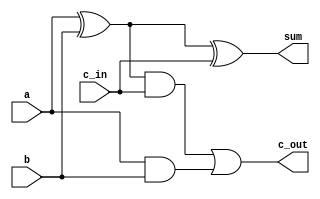
module full_adder(sum,c_out,a,b,c_in);
	output sum,c_out;
	input a,b,c_in;
	wire w1,w2,w3;
	xor G1(w1,a,b);
	xor G2(sum,w1,c_in);
	and G3(w2,w1,c_in);
	and G4(w3,a,b);
	or G5(c_out,w2,w3);
endmodule

module ripple_adder4(sum,cout,a,b,cin);
	input[3:0] a,b;
	input cin;
	output[3:0] sum;
	output cout;
	wire c1,c2,c3;
	full_adder u0(.sum(sum[0]),.c_out(c1),.a(a[0]),.b(b[0]),.c_in(cin));
	full_adder u1(.sum(sum[1]),.c_out(c2),.a(a[1]),.b(b[1]),.c_in(c1));
	full_adder u2(.sum(sum[2]),.c_out(c3),.a(a[2]),.b(b[2]),.c_in(c2));
	full_adder u3(.sum(sum[3]),.c_out(cout),.a(a[3]),.b(b[3]),.c_in(c3));
endmodule

module adder16(sum,cout,a,b,cin);
	
	input[15:0] a,b;
	input cin;
	output[15:0] sum;
	output cout;
	wire c11,c21,c31;
	
	ripple_adder4 u00(.sum(sum[3:0]),.cout(c11),.a(a[3:0]),.b(b[3:0]),.cin(cin));
	ripple_adder4 u10(.sum(sum[7:4]),.cout(c21),.a(a[7:4]),.b(b[7:4]),.cin(c11));
	ripple_adder4 u20(.sum(sum[11:8]),.cout(c31),.a(a[11:8]),.b(b[11:8]),.cin(c21));
	ripple_adder4 u30(.sum(sum[15:12]),.cout(cout),.a(a[15:12]),.b(b[15:12]),.cin(c31));
endmodule

module mux1(out,in1,in2,sel);
	input in1,in2,sel;
	//sel = 1 => in1
	output out;
	wire a1,a2;
	nand N1(a1,in1,sel);
	nand N2(a2,~sel,in2);
	nand N3(out,a1,a2);
endmodule

module ripple_subtractor4(sub,cout,a,b,cin,d);
	output[3:0] sub;
	output cout;
	input[3:0] a,b;
	input cin,d;
	wire l1,l2,l3,l0,p1,p2,p3;
	xor mx1(l0,b[0],d);
	full_adder a1(sub[0],p1,a[0],l0,cin);
	xor mx2(l1,b[1],d);
	full_adder a2(sub[1],p2,a[1],l1,p1);
	xor mx3(l2,b[2],d);
	full_adder a3(sub[2],p3,a[2],l2,p2);
	xor mx4(l3,b[3],d);
	full_adder a4(sub[3],cout,a[3],l3,p3);
endmodule

module ripple_subtractor16(sub,cout,a,b,cin);
	output[15:0] sub;
	output cout;
	input[15:0] a,b;
	input cin;
	wire c11,c21,c31,c41;
	ripple_subtractor4 s00(.sub(sub[3:0]),.cout(c11),.a(a[3:0]),.b(b[3:0]),.cin(cin),.d(cin));
	ripple_subtractor4 s10(.sub(sub[7:4]),.cout(c21),.a(a[7:4]),.b(b[7:4]),.cin(c11),.d(cin));
	ripple_subtractor4 s20(.sub(sub[11:8]),.cout(c31),.a(a[11:8]),.b(b[11:8]),.cin(c21),.d(cin));
	ripple_subtractor4 s30(.sub(sub[15:12]),.cout(c41),.a(a[15:12]),.b(b[15:12]),.cin(c31),.d(cin));
	xor X1(cout,c41,c31);
	
endmodule

module adder6(out,a,b);
	input[5:0] a,b;
	output[5:0] out;
	wire c1,c2,c3,c4,c5,c_out;
	full_adder u0(.sum(out[0]),.c_out(c1),.a(a[0]),.b(b[0]),.c_in(1'b0));
	full_adder u1(.sum(out[1]),.c_out(c2),.a(a[1]),.b(b[1]),.c_in(c1));
	full_adder u2(.sum(out[2]),.c_out(c3),.a(a[2]),.b(b[2]),.c_in(c2));
	full_adder u3(.sum(out[3]),.c_out(c4),.a(a[3]),.b(b[3]),.c_in(c3));
	full_adder u4(.sum(out[4]),.c_out(c5),.a(a[4]),.b(b[4]),.c_in(c4));
	full_adder u5(.sum(out[5]),.c_out(c_out),.a(a[5]),.b(b[5]),.c_in(c5));
endmodule

module adder8(out,a,b);
	output[7:0] out;
	input[7:0] a,b;
	wire c1,c2;
	ripple_adder4 A1(.sum(out[3:0]),.cout(c1),.a(a[3:0]),.b(b[3:0]),.cin(1'b0));
	ripple_adder4 A2(.sum(out[7:4]),.cout(c2),.a(a[7:4]),.b(b[7:4]),.cin(c1));
endmodule

module adder12(out,a,b);
	output[11:0] out;
	input[11:0] a,b;
	wire c1,c2,c3;
	ripple_adder4 A1(.sum(out[3:0]),.cout(c1),.a(a[3:0]),.b(b[3:0]),.cin(1'b0));
	ripple_adder4 A2(.sum(out[7:4]),.cout(c2),.a(a[7:4]),.b(b[7:4]),.cin(c1));
	ripple_adder4 A3(.sum(out[11:8]),.cout(c3),.a(a[11:8]),.b(b[11:8]),.cin(c2));
endmodule

module mul2(q,a,b);
	input[1:0] a,b;
	output[3:0] q;
	wire w1,w2,w3,w4;
	
	and A1(q[0],a[0],b[0]);
	and A2(w1,a[1],b[0]);
	xor X1(q[1],w1,w2);
	and A3(w2,a[0],b[1]);
	and A4(w3,w1,w2);
	xor X2(q[2],w3,w4);
	and A5(w4,a[1],b[1]);
	and A6(q[3],w3,w4);
endmodule

module mul4(q,a,b);
	output[7:0] q;
	input[3:0] a,b;
	wire[3:0] w1,w2,w3,w4,r1,r2;
	wire[5:0] r3,r4,l1,l2;
	wire s1;
	mul2 M1(w1,a[1:0],b[1:0]);
	mul2 M2(w2,a[3:2],b[1:0]);
	mul2 M3(w3,b[3:2],a[1:0]);
	mul2 M4(w4,b[3:2],a[3:2]);
	assign r1 = {2'b0,w1[3:2]};
	ripple_adder4 AD1(.sum(r2),.cout(s1),.a(w2),.b(r1),.cin(1'b0));
	assign r3 = {2'b0,w3};
	assign r4 = {w4,2'b0};
	adder6 AD2(l1,r3,r4);
	assign l2 = {2'b0,r2};
	adder6 AD3(q[7:2],l1,l2);
	assign q[1:0] = w1[1:0];
endmodule

module mul8(q,a,b);
	input[7:0] a,b;
	output[15:0] q;
	wire[7:0] a1,a2,a3,a4,r1,r2;
	wire[11:0] k1,k2,l1,l2;
	
	mul4 M1(a1,a[3:0],b[3:0]);
	mul4 M2(a2,a[7:4],b[3:0]);
	mul4 M3(a3,a[3:0],b[7:4]);
	mul4 M4(a4,a[7:4],b[7:4]);
	
	assign r1 = {4'b0,a1[7:4]};
	adder8 A1(r2,r1,a2);
	
	assign k1 = {4'b0,a3[7:0]};
	assign k2 = {a4[7:0],4'b0};
	adder12 A2(l2,k1,k2);
	assign l1 = {4'b0,r2};
	
	adder12 A3(q[15:4],l1,l2);
	assign q[3:0] = a1[3:0];
endmodule

module adder8c(out,a,b,c);
	output[7:0] out;
	input[7:0] a,b;
	input c;
	wire c1,c2;
	ripple_adder4 A1(.sum(out[3:0]),.cout(c1),.a(a[3:0]),.b(b[3:0]),.cin(c));
	ripple_adder4 A2(.sum(out[7:4]),.cout(c2),.a(a[7:4]),.b(b[7:4]),.cin(c1));
endmodule

module adder24(out,a,b);
	input[23:0] a,b;
	output[23:0] out;
	wire c1,c2;
	
	adder16 A1(.sum(out[15:0]),.cout(c1),.a(a[15:0]),.b(b[15:0]),.cin(1'b0));
	adder8c A2(out[23:16],a[23:16],b[23:16],c1);
endmodule

module mul16(mul,ovf,a,b);
	input[15:0] a,b;
	output[15:0] mul;
	wire[31:0] q;
	output ovf;
	wire[15:0] w1,w2,w3,w4,r1,r2;
	wire[23:0] r3,r4,l1,l2;
	wire c1;
	
	mul8 M1(w1,a[7:0],b[7:0]);
	mul8 M2(w2,a[15:8],b[7:0]);
	mul8 M3(w3,a[7:0],b[15:8]);
	mul8 M4(w4,a[15:8],b[15:8]);
	
	assign r1 = {8'b0,w1[15:8]};
	adder16 A1(.sum(r2),.cout(c1),.a(r1),.b(w2),.cin(1'b0));
	
	assign r3 = {8'b0,w3};
	assign r4 = {w4,8'b0};
	adder24 A2(l2,r3,r4);
	assign l1 = {8'b0,r2};
	adder24 A3(q[31:8],l1,l2);
	assign q[7:0] = w1[7:0];
	
	assign mul = q[15:0];
	//q[31:16] must be ored
	wire a1,a2,a3,a4,a5,a6,a7,a8,a9,a10,a11,a12,a13,a14;
	or O1(a1,q[16],q[17]);
	or O2(a2,q[18],q[19]);
	or O3(a3,q[20],q[21]);
	or O4(a4,q[22],q[23]);
	or O5(a5,q[24],q[25]);
	or O6(a6,q[26],q[27]);
	or O7(a7,q[28],q[29]);
	or O8(a8,q[30],q[31]);
	
	or O9(a9,a1,a2);
	or O10(a10,a3,a4);
	or O11(a11,a5,a6);
	or O12(a12,a7,a8);
	
	or O13(a13,a9,a10);
	or O14(a14,a11,a12);
	
	or O15(ovf,a13,a14);
	
endmodule

module division(A,B,Res);

    //the size of input and output ports of the division module is generic.
    parameter WIDTH = 16;
    //input and output ports.
    input [WIDTH-1:0] A;
    input [WIDTH-1:0] B;
    output [WIDTH-1:0] Res;
    //internal variables    
    reg [WIDTH-1:0] Res = 0;
    reg [WIDTH-1:0] a1,b1;
    reg [WIDTH-1:0] p1;   
    integer i;

    always@ (A or B)
    begin
        //initialize the variables.
        a1 = A;
        b1 = B;
        p1= 0;
        for(i=0;i < WIDTH;i=i+1)    begin //start the for loop
            p1 = {p1[WIDTH-2:0],a1[WIDTH-1]};
            a1[WIDTH-1:1] = a1[WIDTH-2:0];
            p1 = p1-b1;
            if(p1[WIDTH-1] == 1)    begin
                a1[0] = 0;
                p1 = p1 + b1;   end
            else
                a1[0] = 1;
        end
        Res = a1;
    end 

endmodule
 
module alu(out7971,ovf,a,b,sel);
	output reg [15:0] out7971;
	output reg ovf;
	input[15:0] a,b;
	input[1:0] sel;
	wire[15:0] sum,sub,quo,rem;
	wire[15:0] mul;
	wire ovf1,ovf2,ovf3;
	
	adder16 A1(.sum(sum),.cout(ovf1),.a(a),.b(b),.cin(1'b0));
	ripple_subtractor16 S1(.sub(sub),.cout(ovf2),.a(a),.b(b),.cin(1'b1));
	mul16 M1(.mul(mul),.ovf(ovf3),.a(a),.b(b));
	division D1(.A(a),.B(b),.Res(quo));
	
	always @(*) begin
		case(sel)
			2'b00: begin 
				out7971 = sum;
				ovf = ovf1;
			end
			2'b01: begin 
				out7971 = sub;
				ovf = ovf2;
			end
			2'b10: begin 
				out7971 = mul;
				ovf =ovf3;
			end
			default: begin			
				out7971 = quo;
			end
		endcase
	end
endmodule